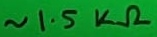
Text: ~1.5KΩ